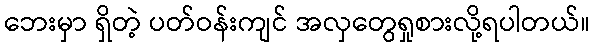
ဘေးမှာ ရှိတဲ့ ပတ်ဝန်းကျင် အလှတွေရှုစားလို့ရပါတယ်။